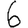
Digit: 6